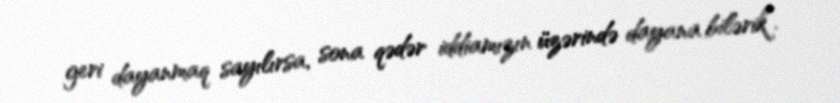
geri dayanmaq sayılırsa, sona qədər iddiamızın üzərində dayana bilərik”.